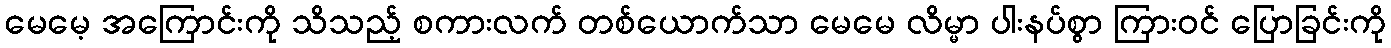
မေမေ့ အကြောင်းကို သိသည့် စကားလက် တစ်ယောက်သာ မေမေ လိမ္မာ ပါးနပ်စွာ ကြားဝင် ပြောခြင်းကို